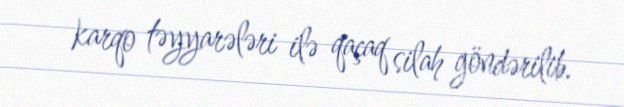
karqo təyyarələri ilə qaçaq silah göndərilib.